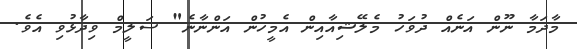
މާދަމާ ނޫން އަނެއް ދުވަހު މެލޭޝިއާއިން އެމީހުން އަންނާނެ" ސަލީމް ވިދާޅުވި އެވެ.